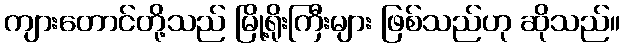
ကျားတောင်တို့သည် မြို့ရိုးကြီးများ ဖြစ်သည်ဟု ဆိုသည်။